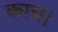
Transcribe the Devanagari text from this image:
काच।